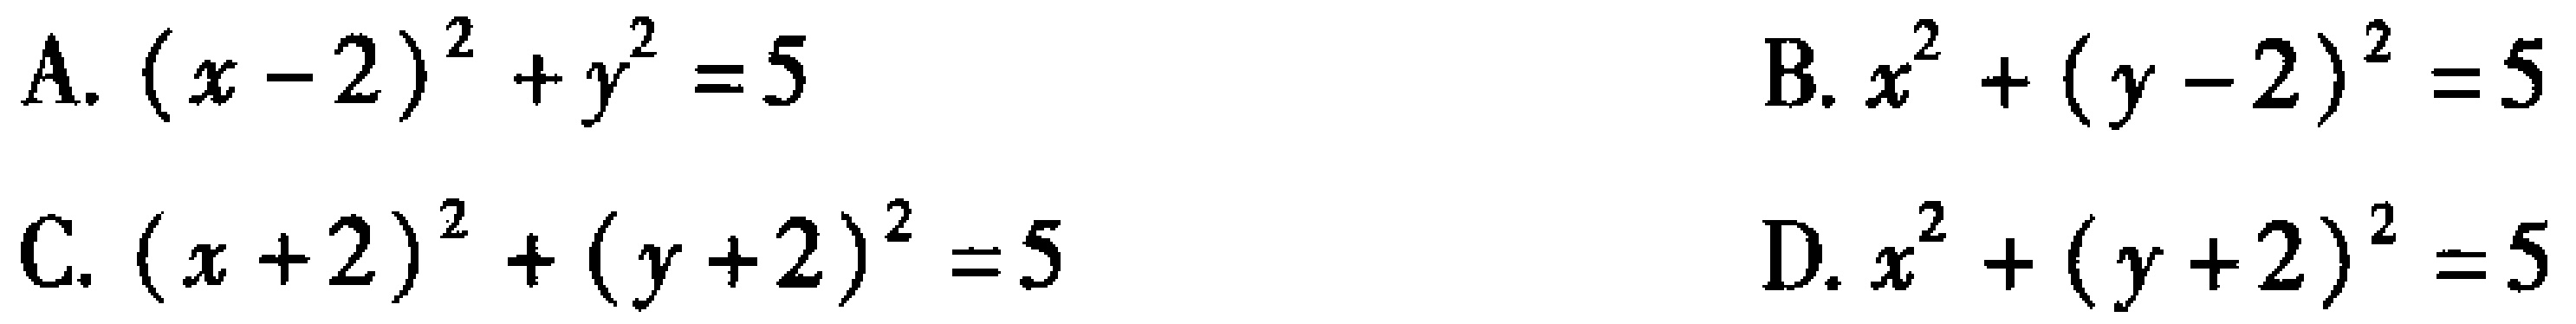
A. \((x - 2)^2 + y^2 = 5\)
B. \(x^2 + (y - 2)^2 = 5\)
C. \((x + 2)^2 + (y + 2)^2 = 5\)
D. \(x^2 + (y + 2)^2 = 5\)